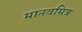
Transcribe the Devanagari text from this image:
मानवमित्र